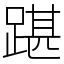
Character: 踸